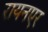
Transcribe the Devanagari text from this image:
रायनएर